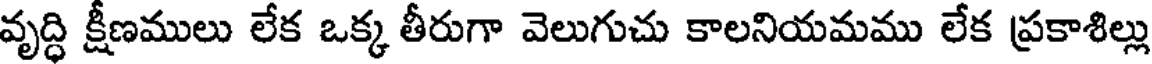
వృద్ధి క్షీణములు లేక ఒక్క తీరుగా వెలుగుచు కాలనియమము లేక ప్రకాశిల్లు